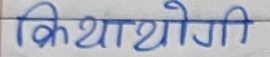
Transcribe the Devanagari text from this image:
क्रियायोगी